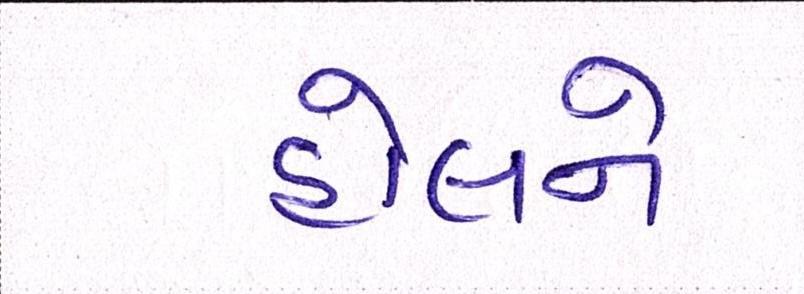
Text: હોલને